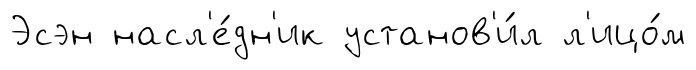
Эсэн насл'е́дн'ик установ'и́л л'ицо́м